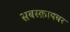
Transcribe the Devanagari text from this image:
सबस्क्रायबर